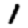
Digit: 1